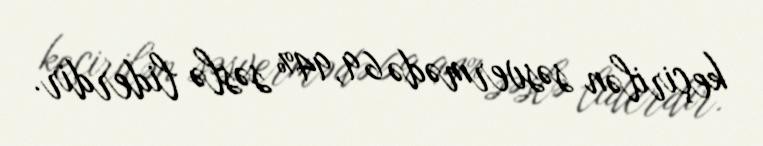
keçirilən səsvermədə 69,94% səslə liderdir.